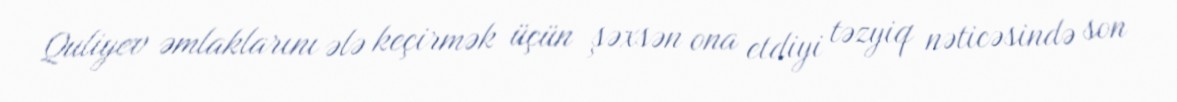
Quliyev əmlaklarını ələ keçirmək üçün şəxsən ona etdiyi təzyiq nəticəsində son